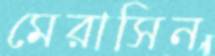
মেরাসিন